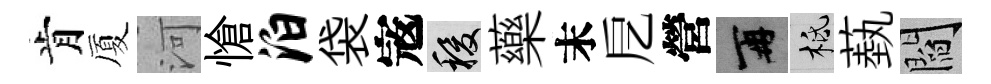
肯厦河愴泊袋𡨥稷藥末戹營再柢蓺閻